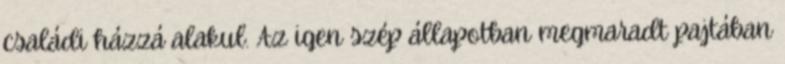
családi házzá alakul. Az igen szép állapotban megmaradt pajtában